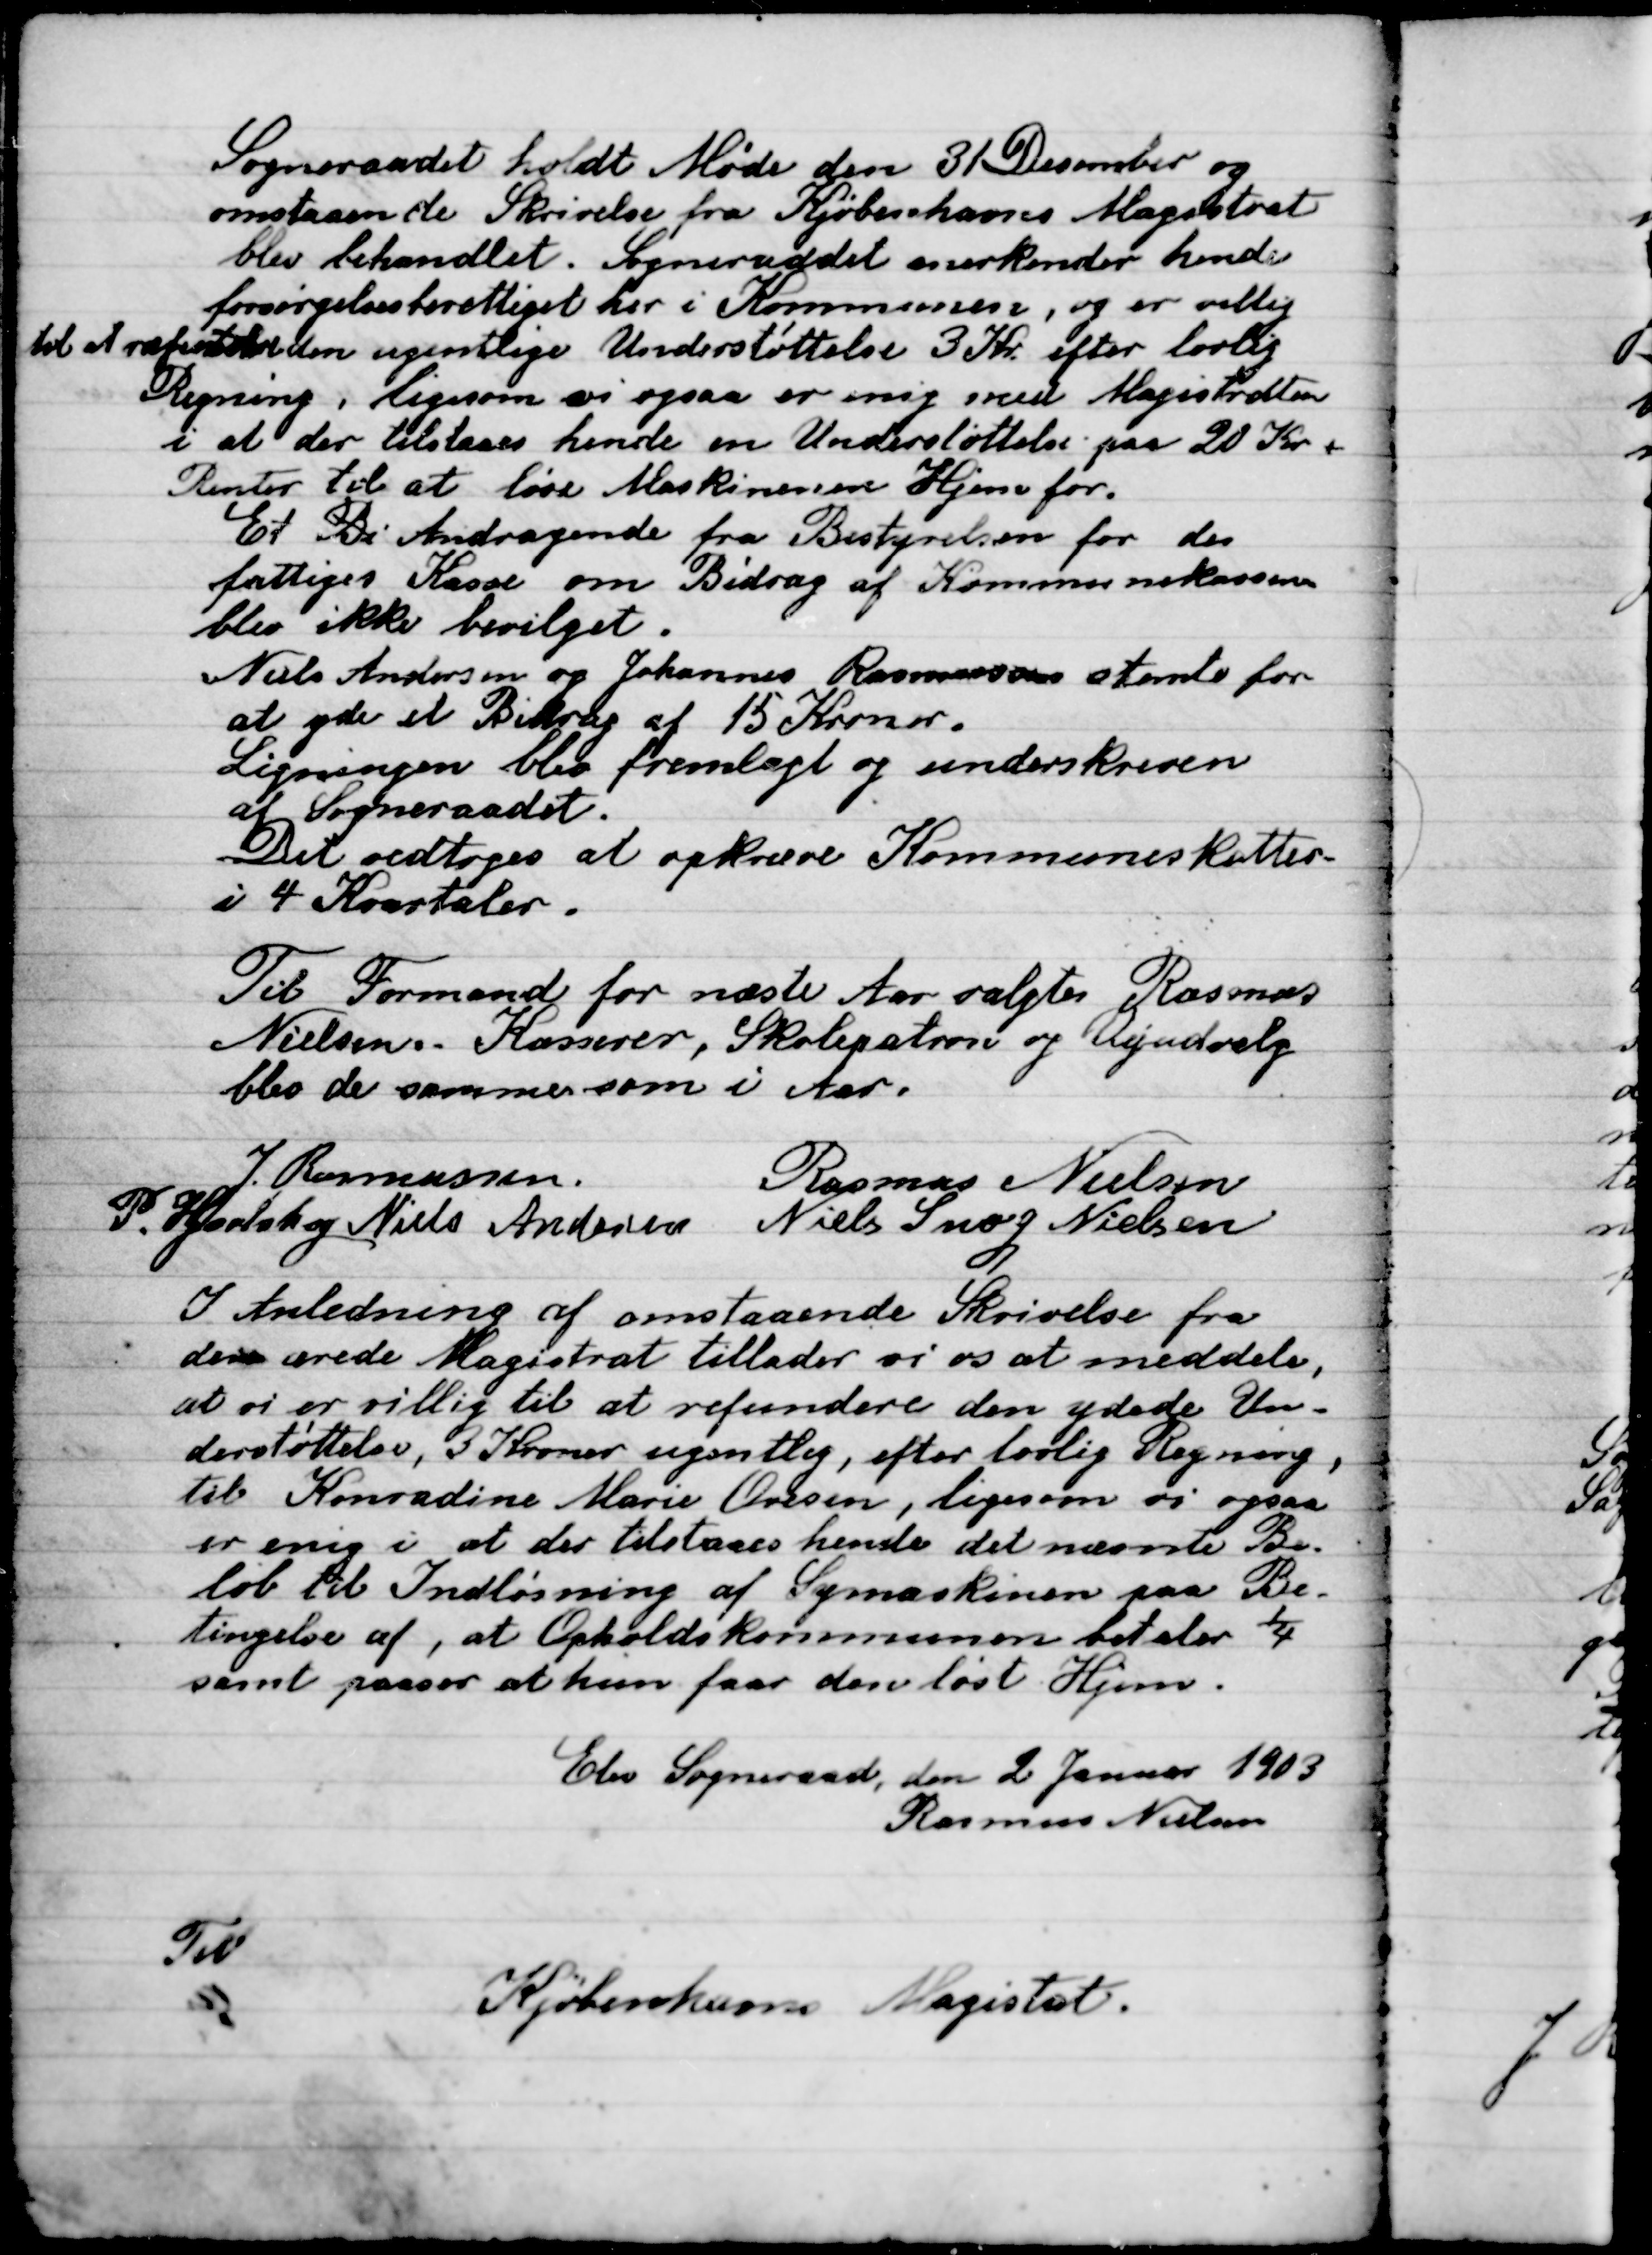
Transskription:
Sogneraadet holdt Møde den 31 December og
omstaaende Skrivelse fra Kjøbenhavns Magistrat
blev behandlet. Sogneraadet anerkender hende
forsørgelsesberettiget her i kommunen, og er villig
til at refundere ugentlige Understøttelse 3 Kr. efter lovlig
Regning, ligesom vi ogsaa er mig med Magistraten
I at der tilstaaes hende en Understøttelse pa 20 Kr.
Renter til at løse Maksimum Hjem for.
Et Bi Andragende fra Bestyrelsen for de
fattige Kasse om bidrag af Kommunekassen
blev ikke bevilget.
Niels Andersen og Johannes Rasmussen stemte for
at et Bidrag af 15 Kroner.
Ligningen blev fremlagt og underskreven
af Sogneraadet.
Det vedtoges at opskrive kommuneskatten
I 4 Kvartaler.

Til Formand for næste Aar valgtes Rasmus
Nielsen. Kasserer, Skolepatron og Vejudvalg
blev de samme som i Aar.

J. Rasmussen
Rasmus Nielsen
P. Hjortshøj
Niels Andersen
Niels Snog Nilsen

I Anledning af omstaaende Skrivelser fra
det ærede Magistrat tillader vi os at meddele,
at vi er villig til at refundere den ydede Un-
derstøttelse, 3 Kroner ugentlig, efter lovlig Regning
til Konradine Marie Ovesen, ligesom vi ogsaa
er enig i at der tilstaaes hende det næste Be-
løb til Indløsning af Symaskine paa Be-
tingelse af, at Opholdskommunen betaler ¼
samt passer at hun faar den løst Hjem.
Elev Sogneraad, den 2 Januar 1903
Rasmus Nielsen
Til
Kjøbenhavns Magistrat.